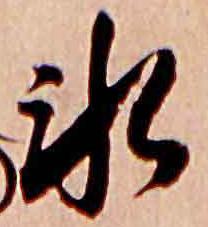
氷